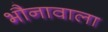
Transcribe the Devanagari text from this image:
भौनावाला